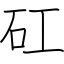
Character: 矼